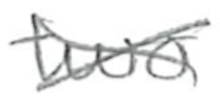
Text: two
Cross-out: cross
Writing tool: pencil